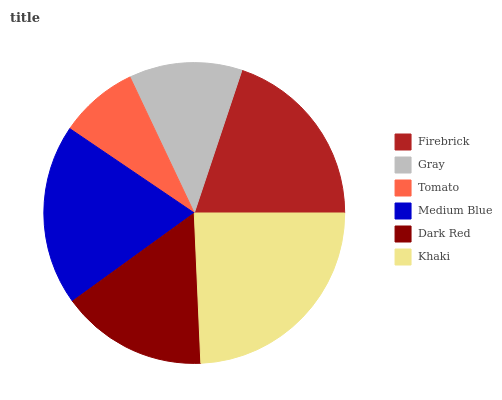
| Firebrick | Gray | Tomato | Medium Blue | Dark Red | Khaki |
 | --- | --- | --- | --- | --- | --- |
 | 19.9% | 12.2% | 8.5% | 19.4% | 15.7% | 24.3% |